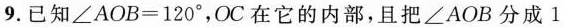
9. 已知$$∠ A O B = 1 2 0 °$$，OC 在它的内部，且把 ∠AOB 分成 $$1